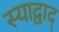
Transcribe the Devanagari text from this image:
स्याद्वाद्